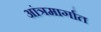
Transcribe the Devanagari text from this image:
आंत्रमार्गात